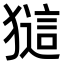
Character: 𤡖